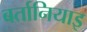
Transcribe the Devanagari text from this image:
बर्तानियाइ